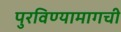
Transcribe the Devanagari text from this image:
पुरविण्यामागची